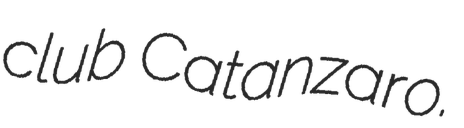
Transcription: club Catanzaro.